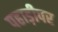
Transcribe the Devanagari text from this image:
पहाड़ीपर